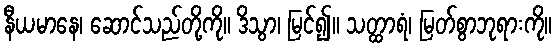
နီယမာနေ၊ ဆောင်သည်တို့ကို။ ဒိသွာ၊ မြင်၍။ သတ္ထာရံ၊ မြတ်စွာဘုရားကို။